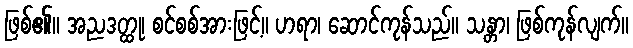
ဖြစ်၏။ အညဒတ္ထု၊ စင်စစ်အားဖြင့်။ ဟရာ၊ ဆောင်ကုန်သည်။ သန္တာ၊ ဖြစ်ကုန်လျက်။